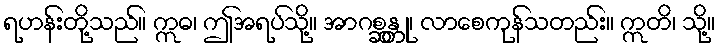
ရဟန်းတို့သည်။ ဣဓ၊ ဤအရပ်သို့။ အာဂစ္ဆန္တု၊ လာစေကုန်သတည်း။ ဣတိ၊ သို့။